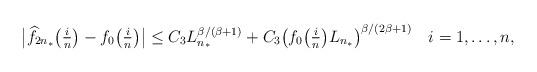
LaTeX: \begin{align*}\big | \widehat f_{2n_*}\big(\tfrac in \big) - f_0\big(\tfrac in \big) \big | \leq C_3 L_{n_*}^{\beta/(\beta+1)} + C_3 \big( f_0\big(\tfrac in \big) L_{n_*}\big)^{\beta/(2\beta+1)} \ \ \ i=1,\ldots,n,\end{align*}